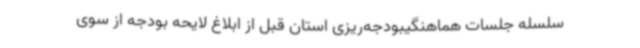
سلسله جلسات هماهنگیبودجه‌ریزی استان قبل از ابلاغ لایحه بودجه از سوی